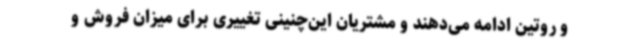
و روتین ادامه می‌دهند و مشتریان این‌چنینی تغییری برای میزان فروش و